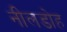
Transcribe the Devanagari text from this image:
नीलडोह